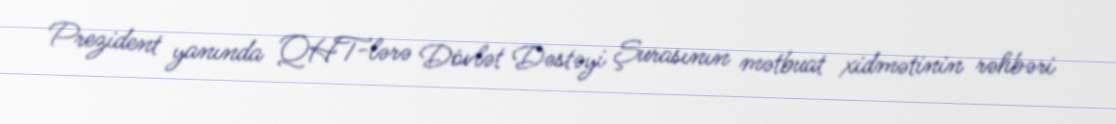
Prezident yanında QHT-lərə Dövlət Dəstəyi Şurasının mətbuat xidmətinin rəhbəri